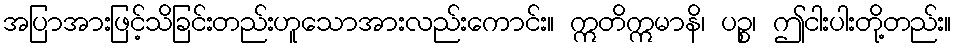
အပြာအားဖြင့်သိခြင်းတည်းဟူသောအားလည်းကောင်း။ ဣတိဣမာနိ၊ ပဉ္စ၊ ဤငါးပါးတို့တည်း။